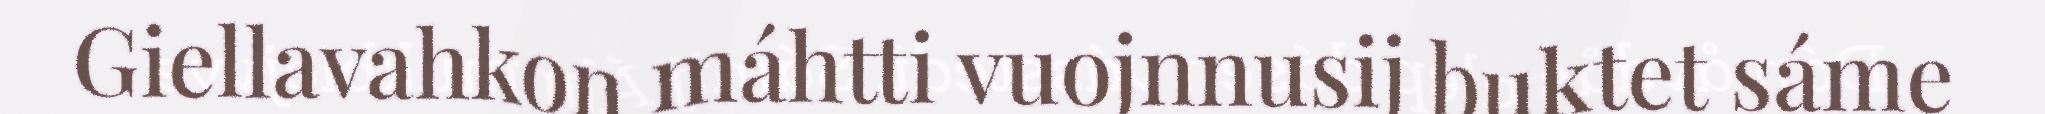
Giellavahkon máhtti vuojnnusij buktet sáme